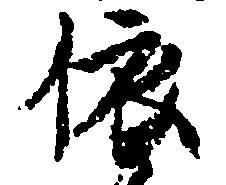
依